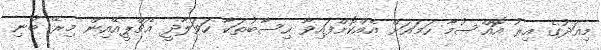
މިއަދުގެ އިރު އޮއްސުމާ ހަމައަށް އެއްކޮށްފައިވާ ހިސާބުތަކާ ހަވަލާދީ އެޗްޕީއޭއިން މިރޭ ބުނި